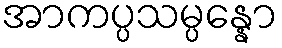
အာကပ္ပသမ္ပန္နော